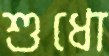
শুধো